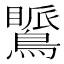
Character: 𪅚